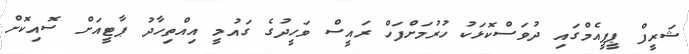
ޝަރީފް ޕީޕީއެމްގައި ދުވަސްކޮޅަކު ހުރުމަށްފަހް ރައީސް ވަހީދުގެ ގައުމީ އިއްތިހާދު ޕާޓީއަށް ސޮއިކޮށް